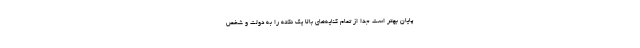
پایان بهتر است جدا از تمام کنایه‌های بالا یک نکته را به دولت و شخص